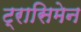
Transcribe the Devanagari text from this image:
ट्रासिमेन